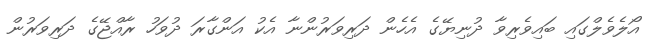
އޯލެވެލްގައި ބައިވެރިވާ ދުނިޔޭގެ އެހެން ދަރިވަރުންނާ އެކު އަންގާރަ ދުވަހު ރާއްޖޭގެ ދަރިވަރުން